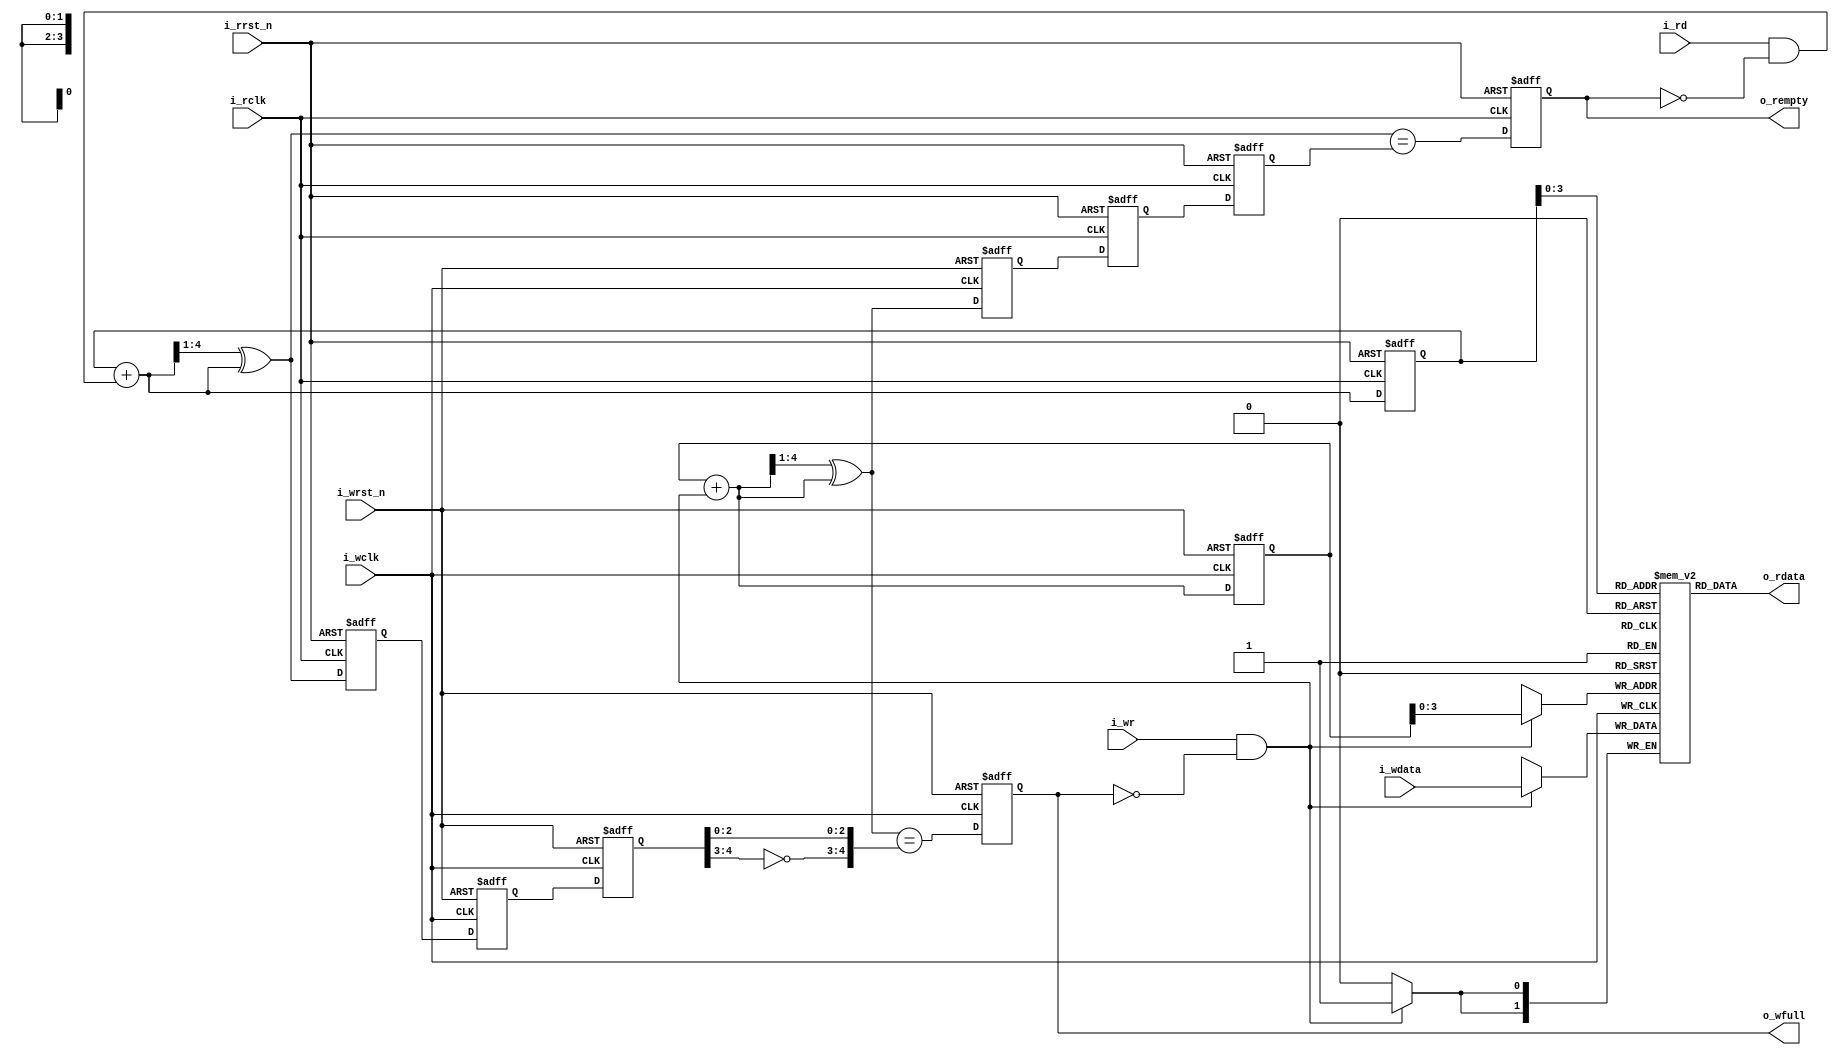
module afifo
#(parameter DSIZE = 2, ASIZE = 4)
(
  input i_wclk, i_wrst_n, i_wr,
  input wire [DW-1:0] i_wdata,
  output reg          o_wfull,

  input i_rclk, i_rrst_n, i_rd,
  output wire [DW-1:0] o_rdata, 
  output reg o_rempty
);

  localparam DW = DSIZE, AW = ASIZE;

  wire [AW-1:0] waddr, raddr;
  wire wfull_next, rempty_next;
  reg [AW:0] wgray, wbin, wq2_rgray, wq1_rgray,
             rgray, rbin, rq2_wgray, rq1_wgray;

   wire [AW:0] wgraynext, wbinnext;
   wire [AW:0] rgraynext, rbinnext;

   reg [DW-1:0] mem [0:((1<<AW)-1)];

   /////////////////////////////////////////////
   //
   //
   // Write logic
   //
   //
   /////////////////////////////////////////////

   //
   // Cross clock domains
   //
   // Cross the read Gray pointer into the write clock domain
   initial { wq2_rgray,  wq1_rgray } = 0;
   always @(posedge i_wclk or negedge i_wrst_n)
     if (!i_wrst_n)
       { wq2_rgray, wq1_rgray } <= 0;
     else
       { wq2_rgray, wq1_rgray } <= { wq1_rgray, rgray };

   // Calculate the next write address, and the next graycode pointer.
   assign wbinnext  = wbin + { {(AW){1'b0}}, ((i_wr) && (!o_wfull)) };
   assign wgraynext = (wbinnext >> 1) ^ wbinnext;

   assign waddr = wbin[AW-1:0];

   // Register these two values--the address and its Gray code
   // representation
   initial { wbin, wgray } = 0;
   always @(posedge i_wclk or negedge i_wrst_n)
     if (!i_wrst_n)
       { wbin, wgray } <= 0;
     else
       { wbin, wgray } <= { wbinnext, wgraynext };

   assign wfull_next = (wgraynext == { ~wq2_rgray[AW:AW-1],
                                       wq2_rgray[AW-2:0] });

   //
   // Calculate whether or not the register will be full on the next
   // clock.
   initial o_wfull = 0;
   always @(posedge i_wclk or negedge i_wrst_n)
     if (!i_wrst_n)
       o_wfull <= 1'b0;
     else
       o_wfull <= wfull_next;

   //
   // Write to the FIFO on a clock
   always @(posedge i_wclk)
     if ((i_wr)&&(!o_wfull))
       mem[waddr] <= i_wdata;

   ////////////////////////////////////////////////////////////////////////
   ////////////////////////////////////////////////////////////////////////
   //
   //
   // Read logic
   //
   //
   ////////////////////////////////////////////////////////////////////////
   ////////////////////////////////////////////////////////////////////////
   //
   //

   //
   // Cross clock domains
   //
   // Cross the write Gray pointer into the read clock domain
   initial { rq2_wgray,  rq1_wgray } = 0;
   always @(posedge i_rclk or negedge i_rrst_n)
     if (!i_rrst_n)
       { rq2_wgray, rq1_wgray } <= 0;
     else
       { rq2_wgray, rq1_wgray } <= { rq1_wgray, wgray };


   // Calculate the next read address,
   assign  rbinnext  = rbin + { {(AW){1'b0}}, ((i_rd)&&(!o_rempty)) };
   // and the next Gray code version associated with it
   assign  rgraynext = (rbinnext >> 1) ^ rbinnext;

   // Register these two values, the read address and the Gray code version
   // of it, on the next read clock
   //
   initial { rbin, rgray } = 0;
   always @(posedge i_rclk or negedge i_rrst_n)
     if (!i_rrst_n)
       { rbin, rgray } <= 0;
     else
       { rbin, rgray } <= { rbinnext, rgraynext };

   // Memory read address Gray code and pointer calculation
   assign  raddr = rbin[AW-1:0];

   // Determine if we'll be empty on the next clock
   assign  rempty_next = (rgraynext == rq2_wgray);

   initial o_rempty = 1;
   always @(posedge i_rclk or negedge i_rrst_n)
     if (!i_rrst_n)
       o_rempty <= 1'b1;
     else
       o_rempty <= rempty_next;

   //
   // Read from the memory--a clockless read here, clocked by the next
   // read FLOP in the next processing stage (somewhere else)
   //
   assign  o_rdata = mem[raddr];
endmodule